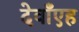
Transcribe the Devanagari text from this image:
देवाँएह